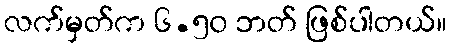
လက်မှတ်က ၆.၅၀ ဘတ် ဖြစ်ပါတယ်။